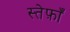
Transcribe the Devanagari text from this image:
स्तेफ़ाँ